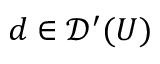
d \in { \mathcal { D } } ^ { \prime } ( U )